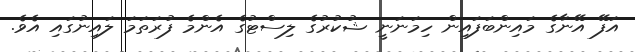
އަފޭ އޭނާގެ މައިންބަފައިން ހިމަނަނީ ޝުކުރުގެ ލިސްޓުގެ އެންމެ ފުރަތަމަ ލައިނުގައި އެވެ.